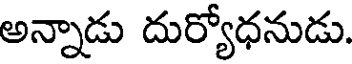
అన్నాడు దుర్యోధనుడు.